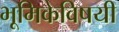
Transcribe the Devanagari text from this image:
भूमिकेविषयी